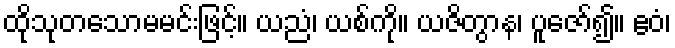
ထိုသုတသောမမင်းဖြင့်။ ယညံ၊ ယစ်ကို။ ယဇိတွာန၊ ပူဇော်၍။ ဧဝံ၊